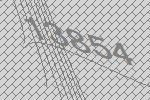
13854